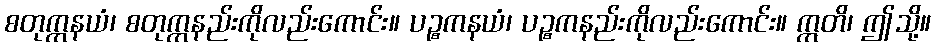
စတုက္ကနယံ၊ စတုက္ကနည်းကိုလည်းကောင်း။ ပဉ္စကနယံ၊ ပဉ္စကနည်းကိုလည်းကောင်း။ ဣတိ၊ ဤသို့။